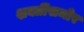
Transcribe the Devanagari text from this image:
शक्तींसमोर